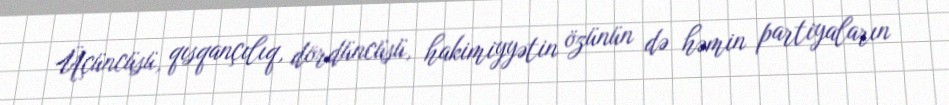
Üçüncüsü, qısqançılıq, dördüncüsü, hakimiyyətin özünün də həmin partiyaların